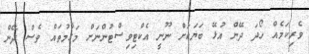
ވެރިކަމެއް ހޯދަ ދޭން އުޅޭ ބަޔަކަށް ނޫނީ އެކްޓިވިސްޓުންނަށް މަގާމުތައް ވެސް ދޭން